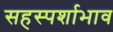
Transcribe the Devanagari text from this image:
सहस्पर्शाभाव